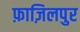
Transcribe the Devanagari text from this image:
फ़ाज़िलपुर